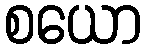
စယော